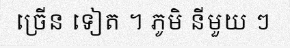
ច្រើន ទៀត ។ ភូមិ នីមួយ ៗ